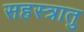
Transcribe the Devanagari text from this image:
सहस्त्रातु